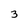
Character: 3